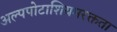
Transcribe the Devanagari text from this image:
अल्पपोटाशियमरक्तता